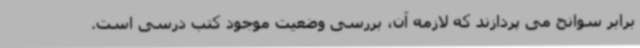
برابر سوانح می پردازند که لازمه آن، بررسی وضعیت موجود کتب درسی است.